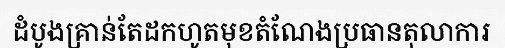
ដំបូងគ្រាន់តែដកហូតមុខតំណែងប្រធានតុលាការ